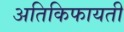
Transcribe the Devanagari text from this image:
अतिकिफायती